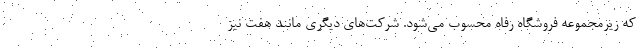
که زیرمجموعه فروشگاه رفاه محسوب می‌شود. شرکت‌های دیگری مانند هفت نیز